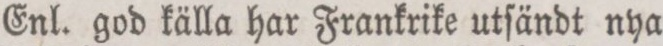
Enl. god källa har Frankrike utſändt nya